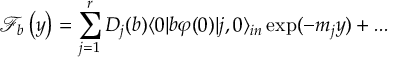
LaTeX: \theta \rightarrow \theta ^ { \prime } = \left( \frac { i c s + d } { - i c \bar { s } + d } \right) ^ { 1 / 2 } \equiv \xi ^ { - 1 / 2 } \theta ,